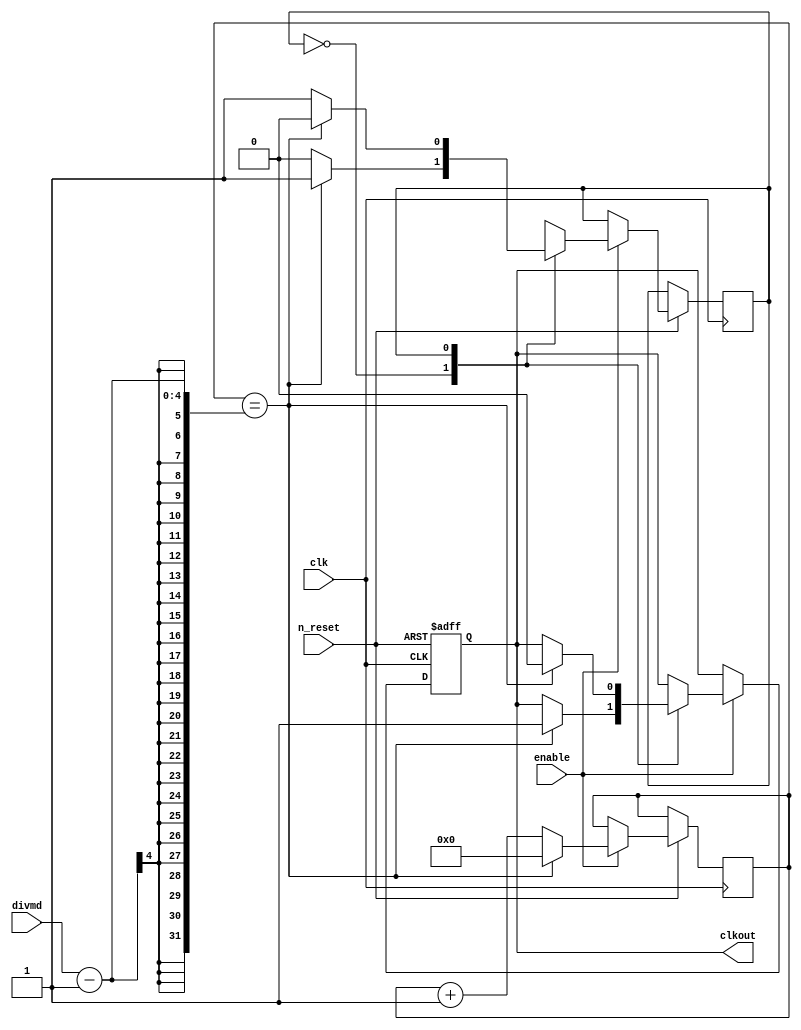
`timescale 1ns / 1ps

module clk_divider #(parameter N= 4) // parametrizable data width N

		(
		output 	reg		clkout ,                     // outputs	
		input 	wire	[N-1 : 0] divmd,				        // inputs
		input 	wire	n_reset, 
		input 	wire	enable, 
		input 	wire	clk
		);
		
// Initialize

reg     [N-1 : 0]	cnt = 0 ;	
reg flag = 0;

initial begin
         clkout <= 1'b 0;
end

//// Always block to update the states
	always @ (posedge clk or negedge n_reset)  // to synchronous reset delete (or negedge n_reset)
		begin	
			if(n_reset == 1'b 0)   
					clkout <= 1'b 0;
			else if(enable == 1'b 1) 
			           case (flag)
                                      0:   case( cnt )
                                              divmd-1  : begin   cnt = 0; clkout <= 1'b 1 ; flag = 1;  end  
                                              default  : cnt = cnt + 1;          
                                           endcase 
                                      1:   case( cnt )
                                              divmd-1  : begin   cnt = 0; clkout <= 1'b 0 ; flag = 0;  end  
                                              default  : cnt = cnt + 1;          
                                           endcase
                      endcase
		end
endmodule